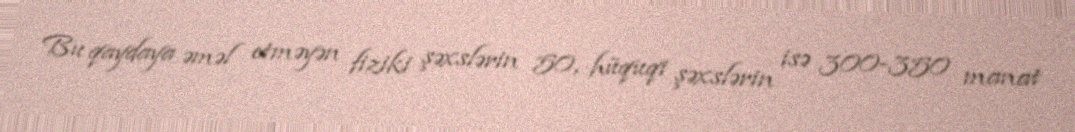
Bu qaydaya əməl etməyən fiziki şəxslərin 50, hüquqi şəxslərin isə 300-350 manat